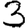
Digit: 3